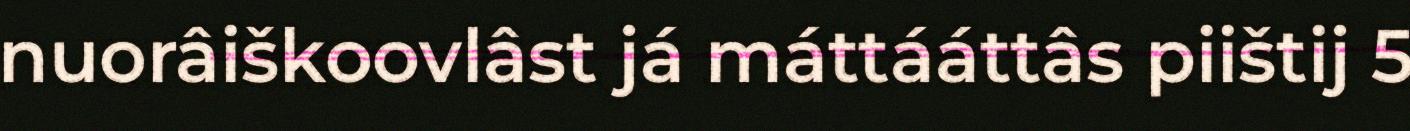
nuorâiškoovlâst já máttááttâs piištij 5